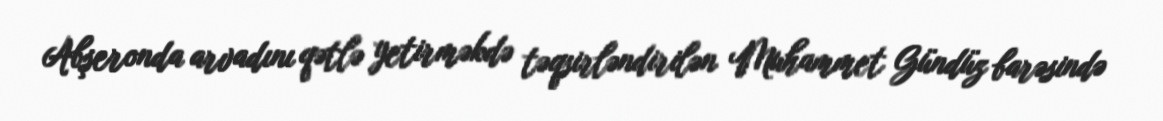
Abşeronda arvadını qətlə yetirməkdə təqsirləndirilən Muhammet Gündüz barəsində